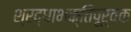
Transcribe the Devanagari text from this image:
श्रद्धाभक्तिपूर्वक